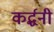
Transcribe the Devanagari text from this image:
कर्द्धनी